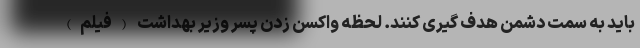
باید به سمت دشمن هدف گیری کنند. لحظه واکسن زدن پسر وزیر بهداشت (فیلم)